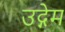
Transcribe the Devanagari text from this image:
उद्गेम